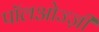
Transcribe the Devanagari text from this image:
पॉलओज्ज़ी